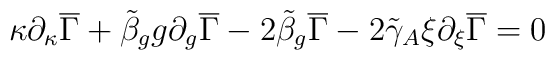
\kappa \partial_{\kappa} \overline{\Gamma} +  \tilde{\beta}_g g \partial_g \overline{\Gamma} -  2 \tilde{\beta}_g \overline{\Gamma} -  2 \tilde{\gamma}_A \xi \partial_{\xi} \overline{\Gamma} = 0